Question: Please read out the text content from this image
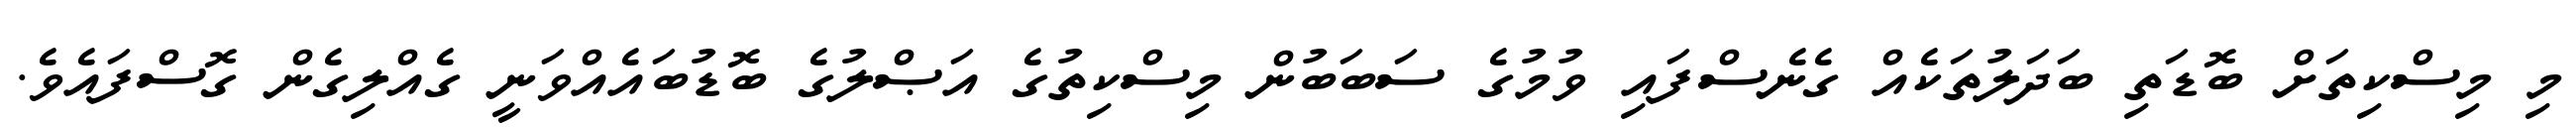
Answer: މި މިސްކިތަށް ބޮޑަތި ބަދަލުތަކެއް ގެނެސްފައި ވުމުގެ ސަބަބުން މިސްކިތުގެ އަޞްލުގެ ބޮޑުބައެއްވަނީ ގެއްލިގެން ގޮސްފައެވެ.